Punjab Mental Hospital Lahore 1922-31 - 1922-1931
Year: 1922
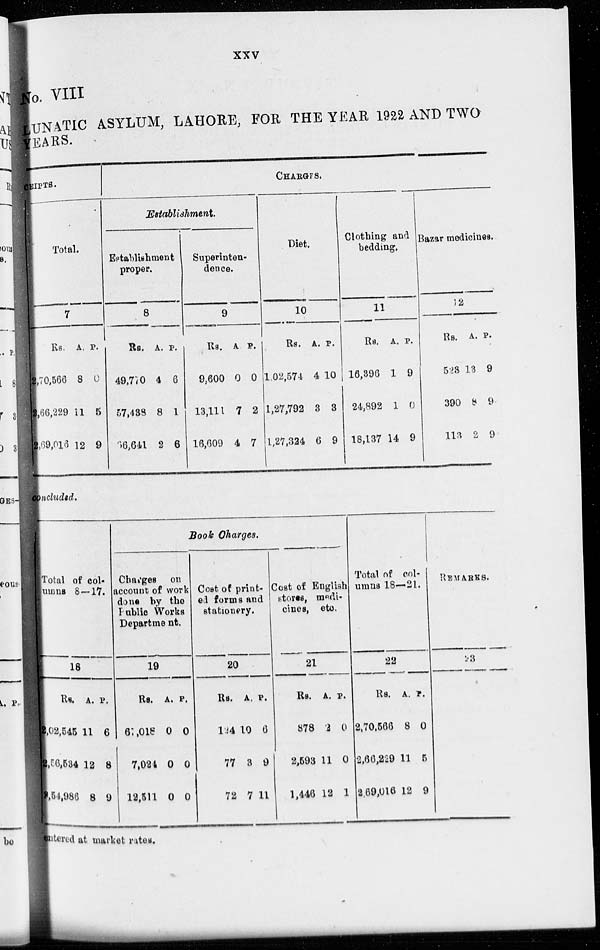
xxv
No. VIII
LUNATIC ASYLUM, LAHORE, FOR THE YEAR 1922 AND TWO
YEARS.
EIPTS.
Total.
7
Rs.
70,566
66,229
69,016
A.
8
11
12
P.
0
5
9
CHARGES.
Establishment.
Establishment
proper.
8
Rs.
49,770
57,438
66,641
A.
4
8
2
P.
6
1
6
Superinten-
dence.
9
Rs.
9,600
13,111
16,609
A.
0
7
4
P.
0
2
7
Diet.
10
Rs.
1,02,574
1,27,792
1,27,324
A.
4
3
6
P.
10
3
9
Clothing and
bedding.
11
Rs.
16,396
24,892
18,137
A.
1
1
14
P.
9
0
9
Bazar medicines.
12
Rs.
523
390
113
A.
13
8
2
P.
9
9
9
concluded.
Total of col-
umns 8 ––17.
18
Rs.
2,02,545
2,56,534
8,54,986
A.
11
12
8
P.
6
8
9
Book Charges.
Changes on
account of work
done by the
Public Works
Department.
19
Rs.
67,018
7,024
12,511
A.
0
0
0
P.
0
0
0
Cost of print-
ed forms and
stationery.
20
Rs.
124
77
72
A.
10
3
7
P.
6
9
11
Cost of English
stores, medi-
cines, etc.
21
Rs.
878
2,593
1,446
A.
2
11
12
P.
0
0
1
Total of col-
umns 18—21.
22
Rs.
2,70,566
2,66,229
2,69,016
A.
8
11
12
P.
0
5
9
REMARKS.
23
ntered at market rates.